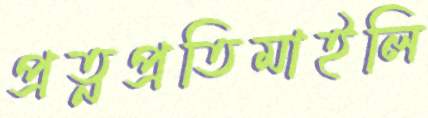
প্রত্নপ্রতিমাইলি